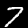
Label: 7